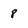
Character: 8